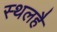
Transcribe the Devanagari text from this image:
स्थलहै